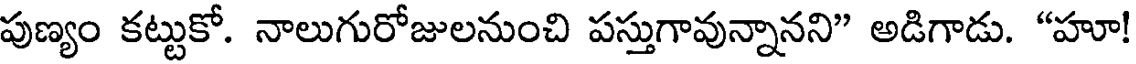
పుణ్యం కట్టుకో. నాలుగురోజులనుంచి పస్తుగావున్నానని" అడిగాడు. "హూ!